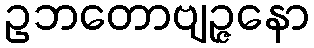
ဥဘတောဗျဉ္ဇနော